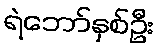
ရဲဘော်နှစ်ဦး